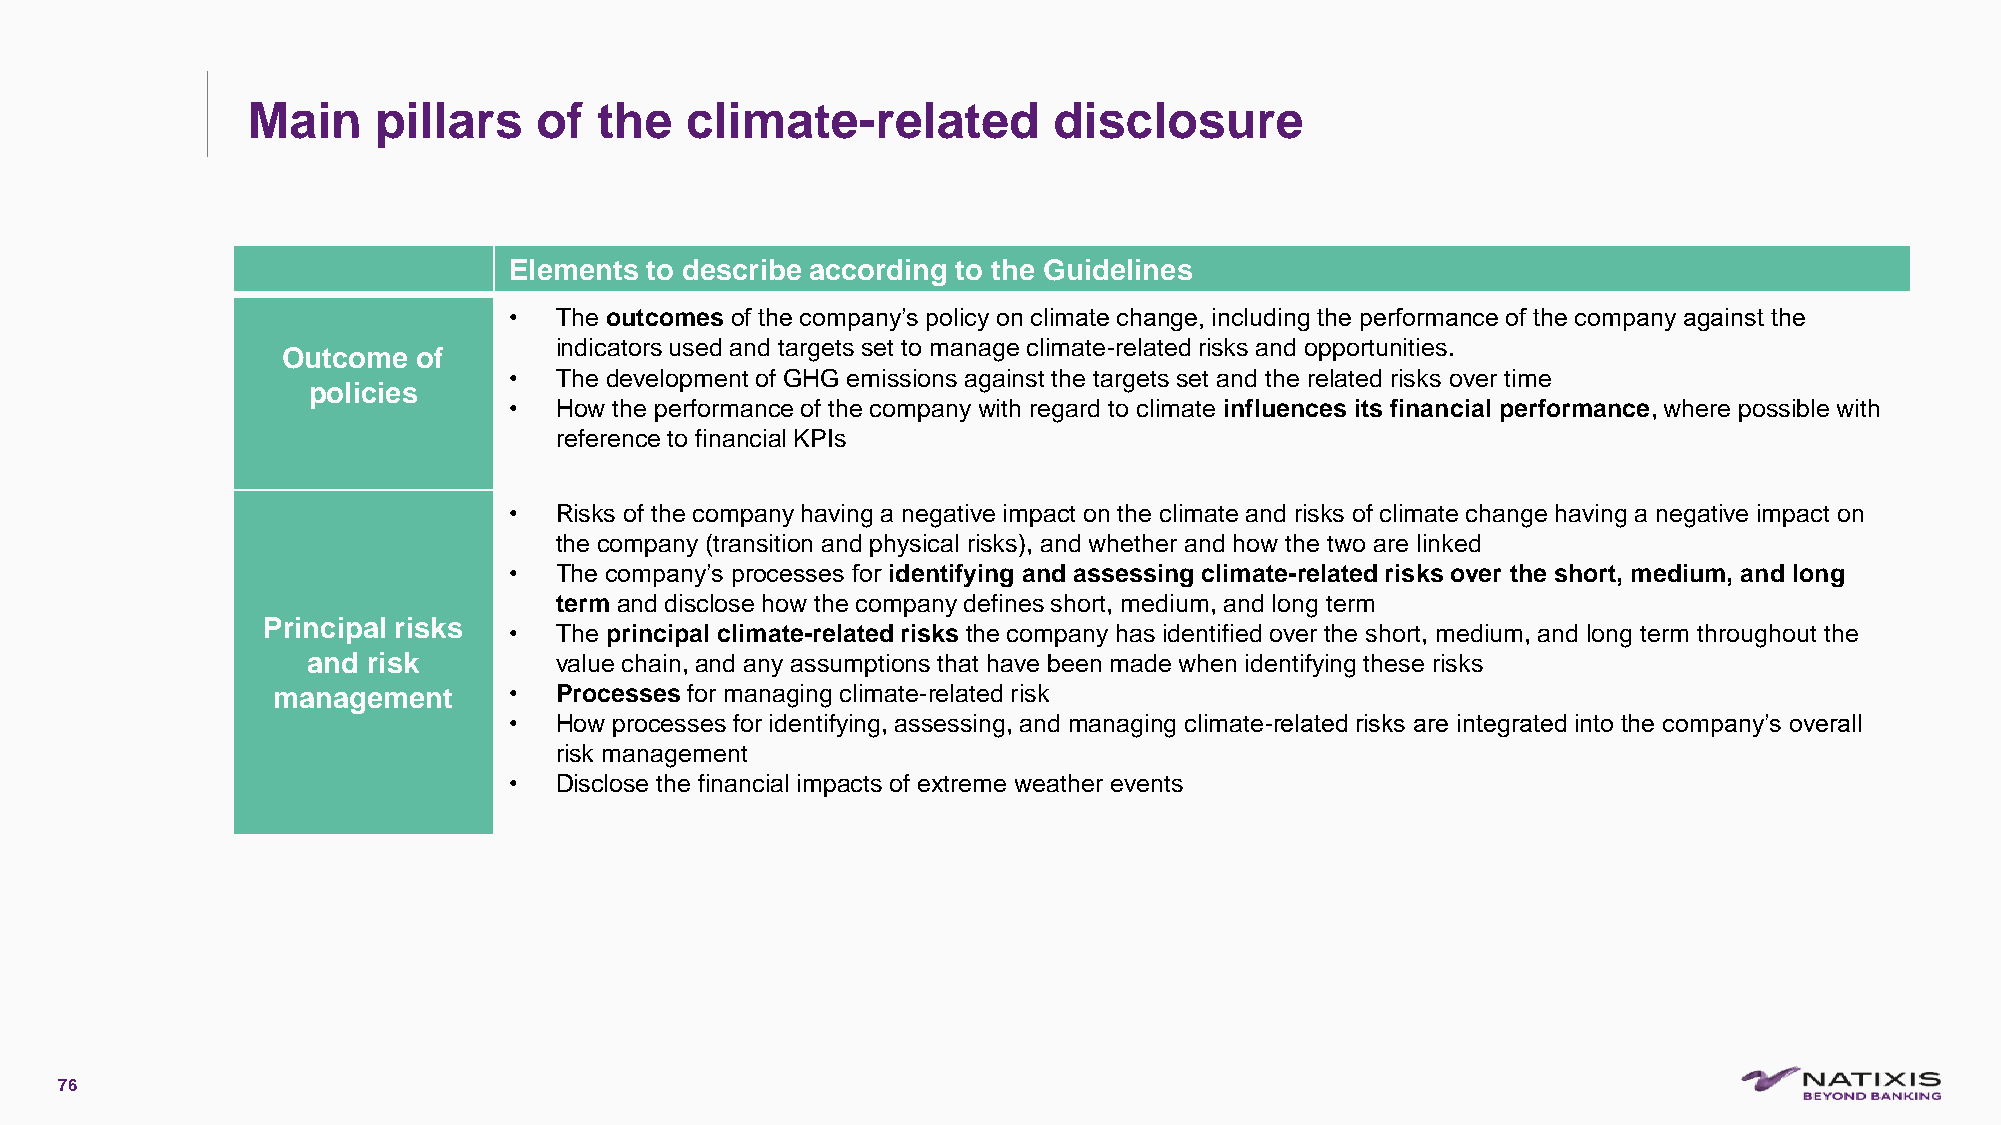
Main     pillars   of   the  climate-related          disclosure
 Elements to describe according to the Guidelines
 •  The outcomes of the company’s policy on climate change, including the performance of the company against the
 indicators used and targets set to manage climate-related risks and opportunities.
 Outcome  of
 •  The development of GHG emissions against the targets set and the related risks over time
 policies
 •  How the performance of the company with regard to climate influences its financial performance, where possible with
 reference to financial KPIs
 •  Risks of the company having a negative impact on the climate and risks of climate change having a negative impact on
 the company (transition and physical risks), and whether and how the two are linked
 •  The company’s processes for identifying and assessing climate-related risks over the short, medium, and long
 term and disclose how the company defines short, medium, and long term
 Principal risks
 •  The principal climate-related risks the company has identified over the short, medium, and long term throughout the
 and risk         value chain, and any assumptions that have been made when identifying these risks
 management      •  Processes for managing climate-related risk
 •  How processes for identifying, assessing, and managing climate-related risks are integrated into the company’s overall
 risk management
 •  Disclose the financial impacts of extreme weather events
 76
 C1-PublicNat